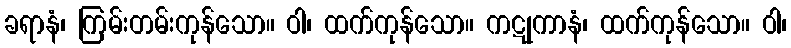
ခရာနံ၊ ကြမ်းတမ်းကုန်သော။ ဝါ၊ ထက်ကုန်သော။ ကဋုကာနံ၊ ထက်ကုန်သော။ ဝါ၊